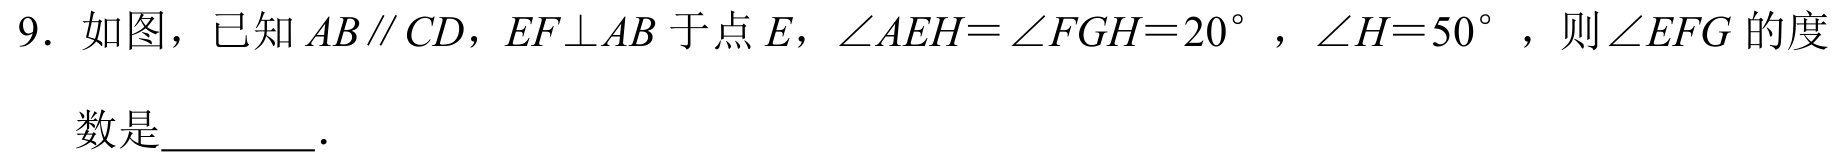
9. 如图，已知$AB\parallel CD$，$EF\perp AB$于点$E$，$\angle AEH = \angle FGH = 20^{\circ}$，$\angle H = 50^{\circ}$，则$\angle EFG$的度数是_______．